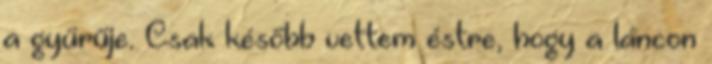
a gyűrűje. Csak később vettem éstre, hogy a láncon